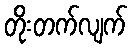
တိုးတက်လျက်